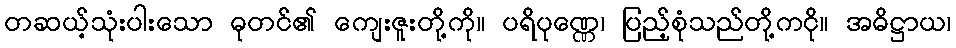
တဆယ့်သုံးပါးသော ဓုတင်၏ ကျေးဇူးတို့ကို။ ပရိပုဏ္ဏေ၊ ပြည့်စုံသည်တို့ကငို။ အဓိဋ္ဌာယ၊